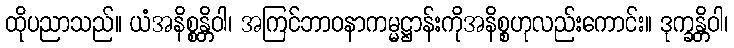
ထိုပညာသည်။ ယံအနိစ္စန္တိဝါ၊ အကြင်ဘာဝနာကမ္မဋ္ဌာန်းကိုအနိစ္စဟုလည်းကောင်း။ ဒုက္ခန္တိဝါ၊